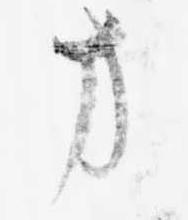
方